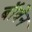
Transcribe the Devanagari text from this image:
बॉवेन